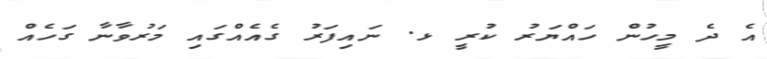
އެ ދެ މީހުން ހައްޔަރު ކުރީ ޅ. ނައިފަރު ގެއެއްގައި މަރުވާނާ ގަހެއް